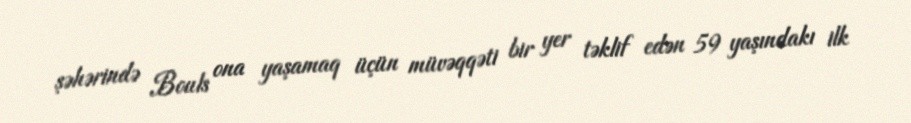
şəhərində Bouls ona yaşamaq üçün müvəqqəti bir yer təklif edən 59 yaşındakı ilk